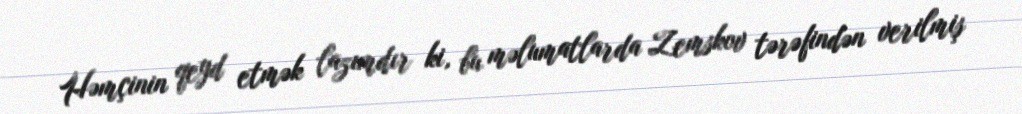
Həmçinin qeyd etmək lazımdır ki, bu məlumatlarda Zemskov tərəfindən verilmiş